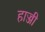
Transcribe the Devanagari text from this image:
हाज्जी